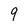
Character: 9